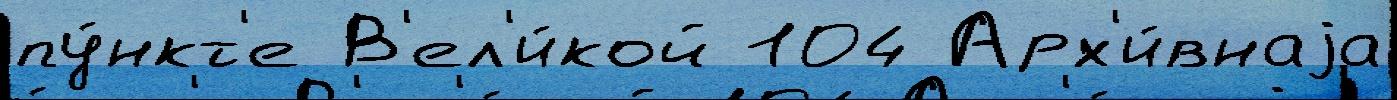
пу́нкт'е В'ел'и́кой 104 Арх'и́внаjа